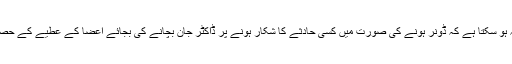
بعض ذہنوں میں یہ مفروضہ ہو سکتا ہے کہ ڈونر ہونے کی صورت میں کسی حادثے کا شکار ہونے پر ڈاکٹر جان بچانے کی بجائے اعضا کے عطیے کے حصول پر توجہ دے سکتے ہیں۔